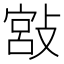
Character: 𢾮